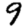
Digit: 9